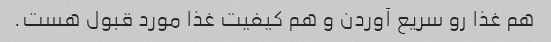
هم غذا رو سریع آوردن و هم کیفیت غذا مورد قبول هست.